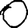
Digit: 0